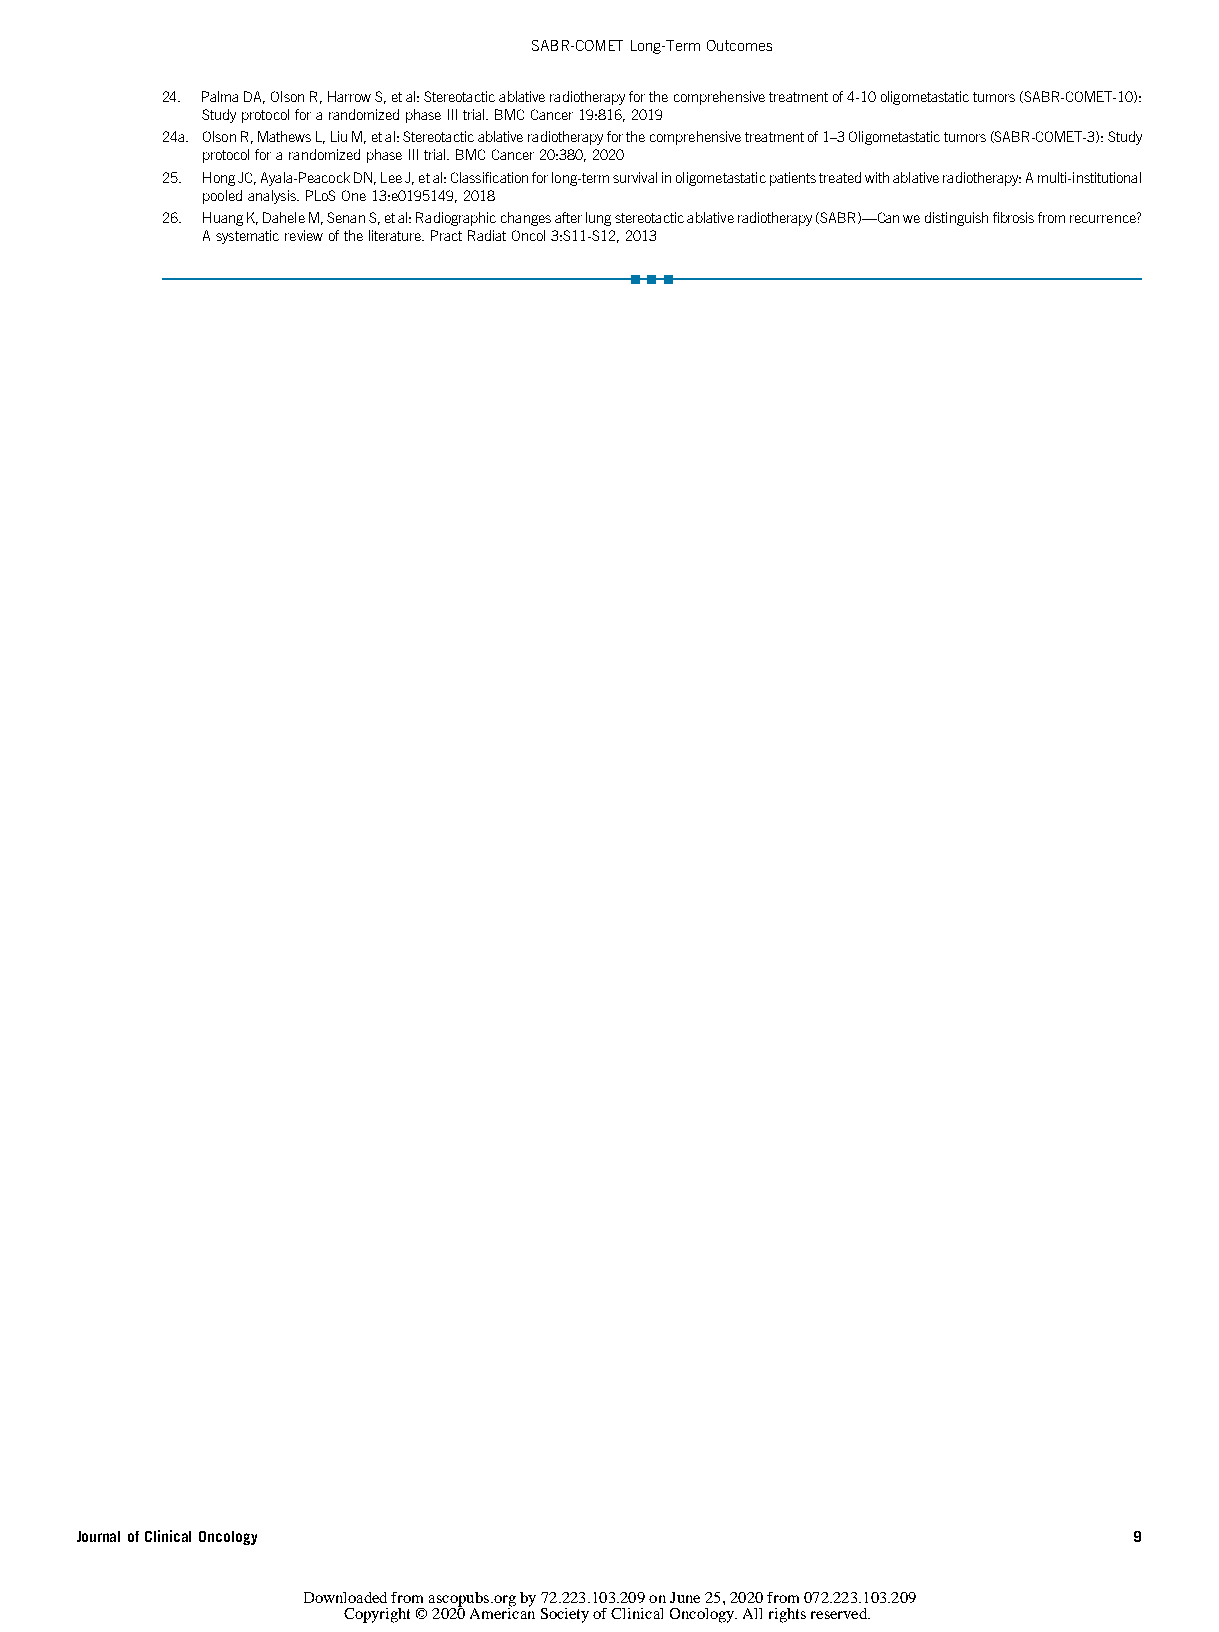
SABR-COMETLong-TermOutcomes
 24. PalmaDA,OlsonR,HarrowS,etal:Stereotacticablativeradiotherapyforthecomprehensivetreatmentof4-10oligometastatictumors(SABR-COMET-10):
 StudyprotocolforarandomizedphaseIIItrial.BMCCancer19:816,2019
 24a. OlsonR,MathewsL,LiuM,etal:Stereotacticablativeradiotherapyforthecomprehensivetreatmentof1–3Oligometastatictumors(SABR-COMET-3):Study
 protocolforarandomizedphaseIIItrial.BMCCancer20:380,2020
 25. HongJC,Ayala-PeacockDN,LeeJ,etal:Classificationforlong-termsurvivalinoligometastaticpatientstreatedwithablativeradiotherapy:Amulti-institutional
 pooledanalysis.PLoSOne13:e0195149,2018
 26. HuangK,DaheleM,SenanS,etal:Radiographicchangesafterlungstereotacticablativeradiotherapy(SABR)—Canwedistinguishfibrosisfromrecurrence?
 Asystematicreviewoftheliterature.PractRadiatOncol3:S11-S12,2013
 n n n
 JournalofClinicalOncology                                             9
 Downloaded from ascopubs.org by 72.223.103.209 on June 25, 2020 from 072.223.103.209
 Copyright © 2020 American Society of Clinical Oncology. All rights reserved.